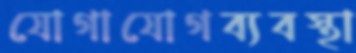
যোগাযোগব্যবস্থা